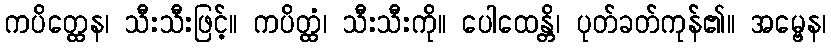
ကပိတ္ထေန၊ သီးသီးဖြင့်။ ကပိတ္ထံ၊ သီးသီးကို။ ပေါထေန္တိ၊ ပုတ်ခတ်ကုန်၏။ အမ္ဗေန၊